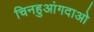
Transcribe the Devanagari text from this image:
चिनहुआंगदाओ